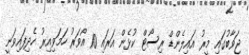
ޖަވާބުގައި މީރު އައިލެންޑް ރިސޯޓް ކުޅެން އަރައި 10 އޯވަރު ހަމަވިއިރު ހެދިފައިވަނީ